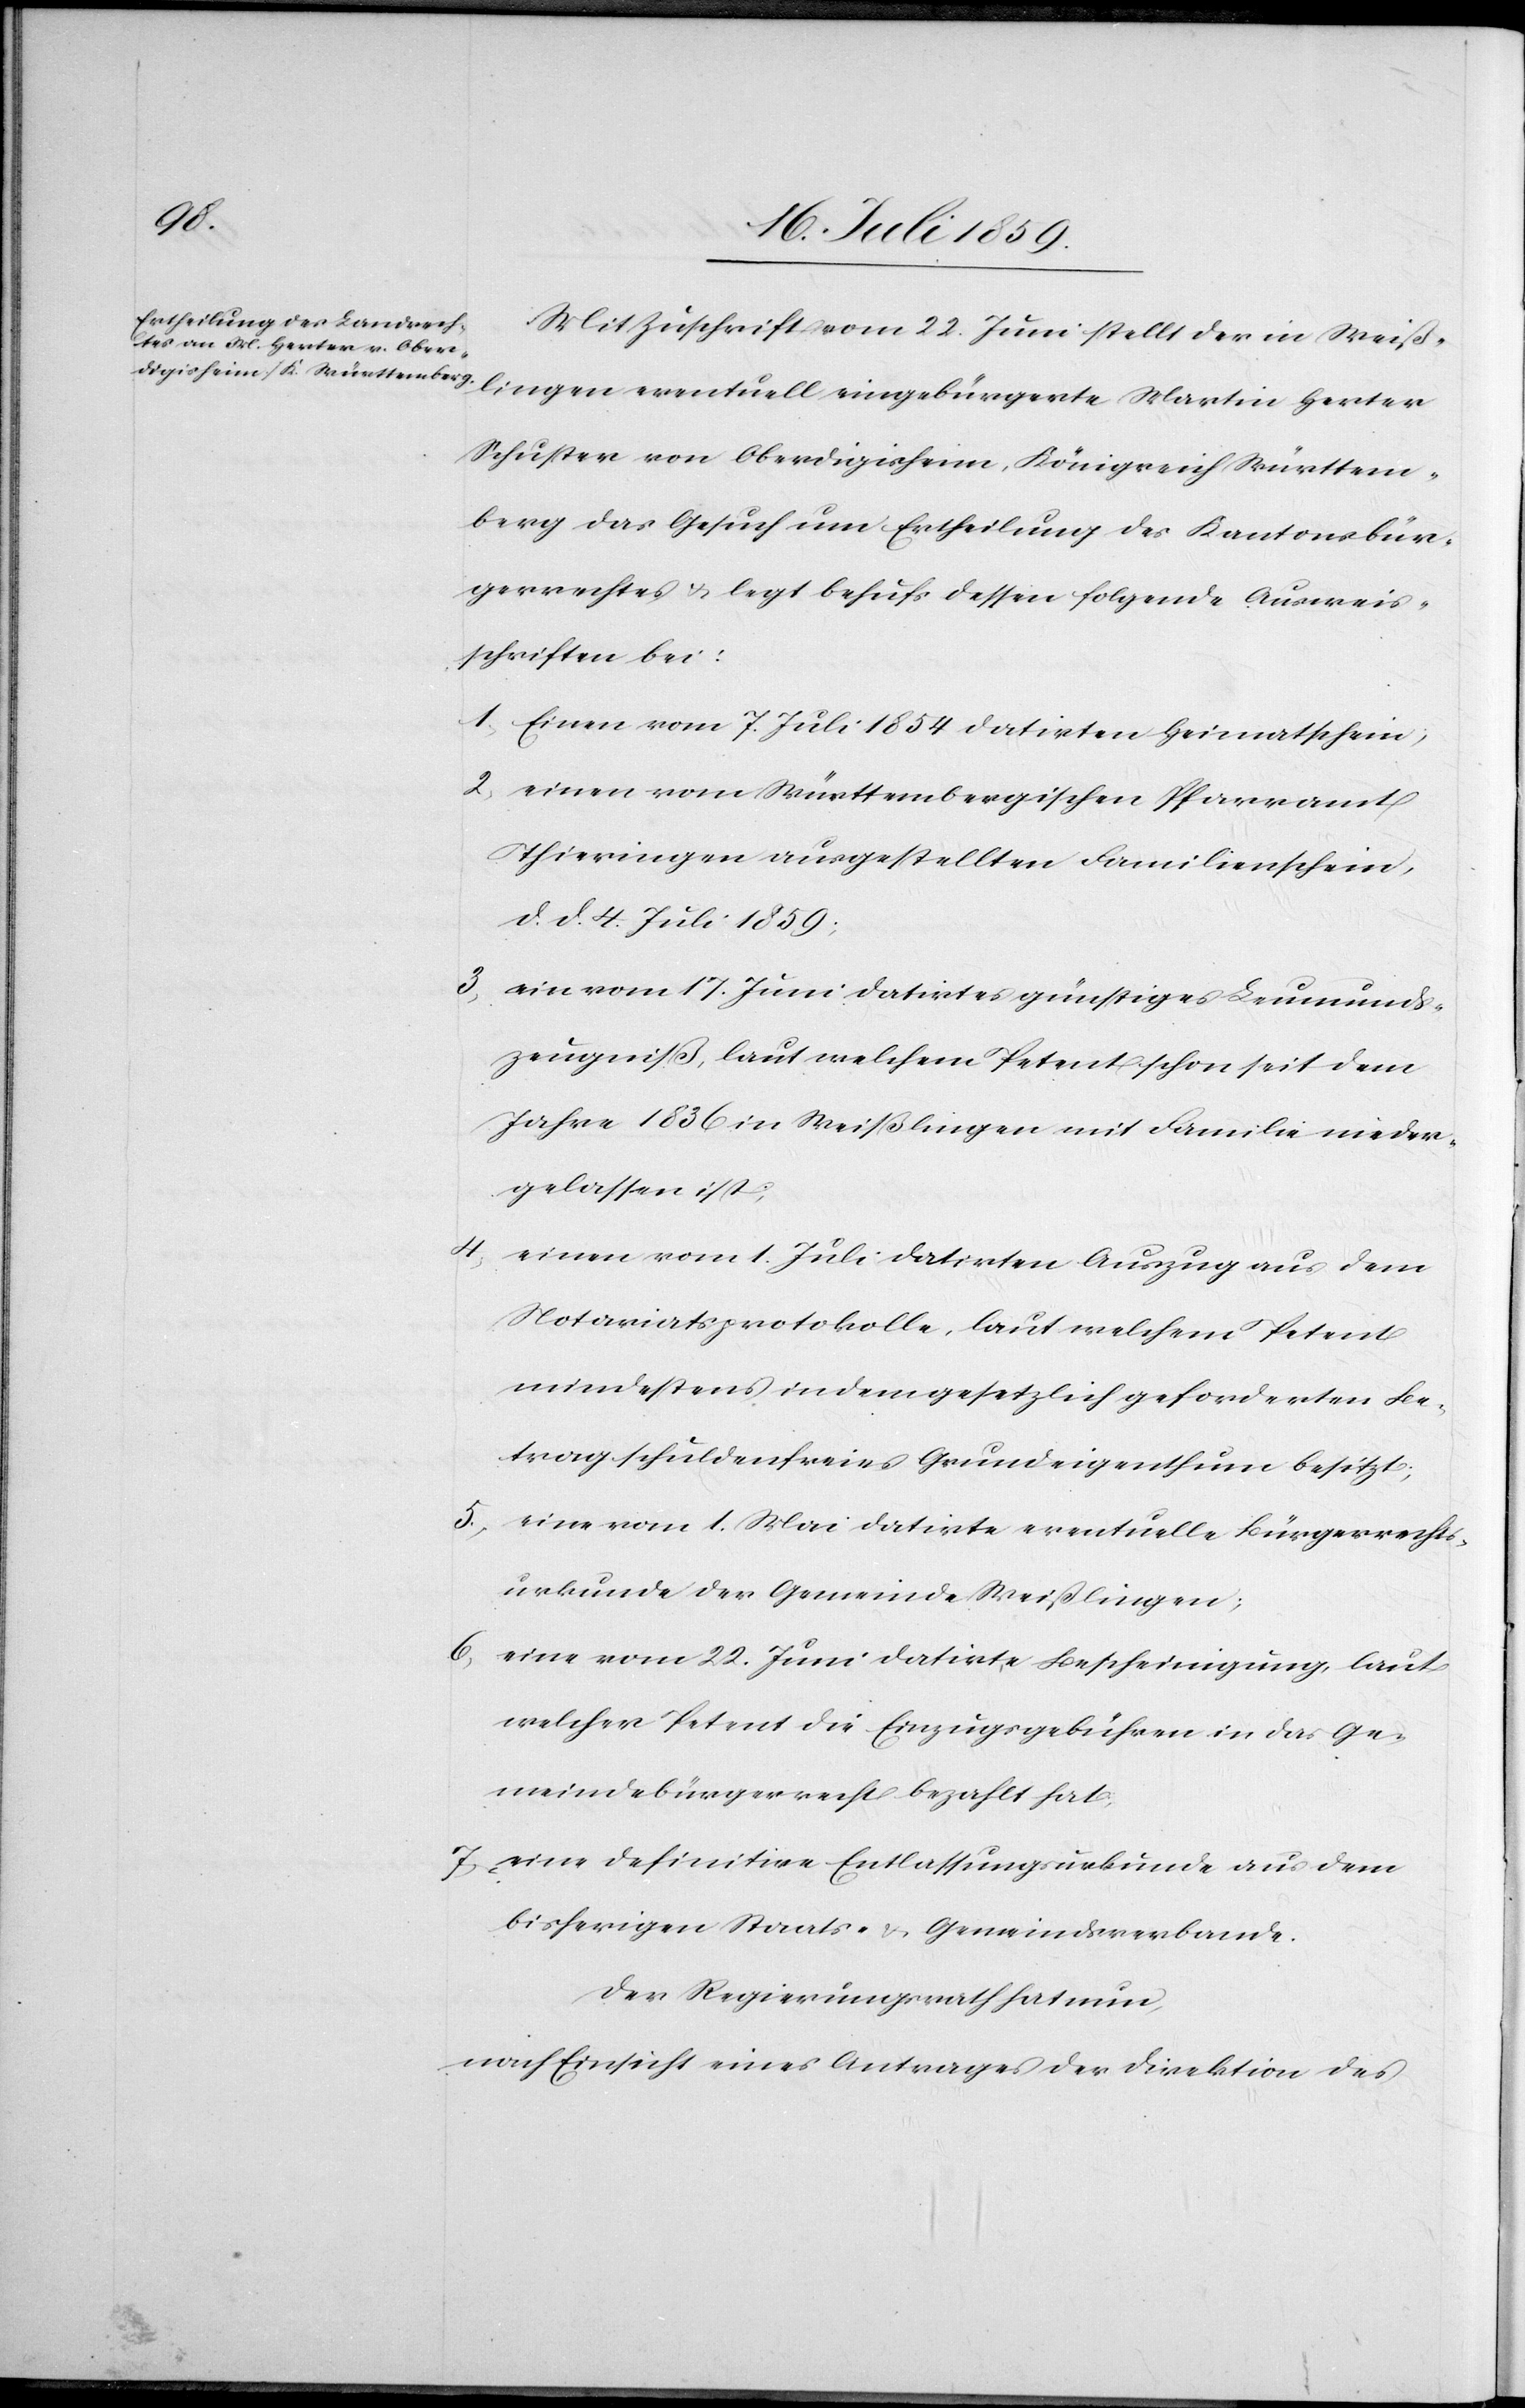
Mit Zuschrift vom 22. Juni stellt der in Weiß¬
lingen eventuell eingebürgerte Martin Herter
Schuster von Oberdigisheim, Königreich Württem¬
berg das Gesuch um Ertheilung des Kantonsbür¬
gerrechtes u. legt behufs dessen folgende Ausweis¬
schriften bei:
1. Einen vom 7. Juli 1854 datirten Heimatschein,
2. einen vom Württembergischen Pfarramt
Thieringen ausgestellten Familienschein,
d. d. 4. Juli 1859;
3. ein vom 17. Juni datirtes günstiges Leumunds¬
zeugniß, laut welchem Petent schon seit dem
Jahre 1836 in Weißlingen mit Familie nieder¬
gelassen ist;
4. einen vom 1. Juli datirten Auszug aus dem
Notariatsprotokolle, laut welchem Petent
mindestens in dem gesetzlich geforderten Be¬
trag schuldenfreies Grundeigenthum besitzt;
5. eine vom 1. Mai datirte eventuelle Bürgerrechts¬
urkunde der Gemeinde Weißlingen;
6. eine vom 22. Juni datirte Bescheinigung, laut
welcher Petent die Einzugsgebühren in das Ge¬
meindebürgerrecht bezahlt hat.
7. eine definitive Entlassungsurkunde aus dem
bisherigen Staats- u. Gemeindsverbande.
Der Regierungsrath hat nun,
nach Einsicht eines Antrages der Direktion des